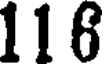
116